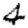
Digit: 4